Civil Veterinary Dept. North-West Frontier Province 1933-46 - 1933-1946
Year: 1933
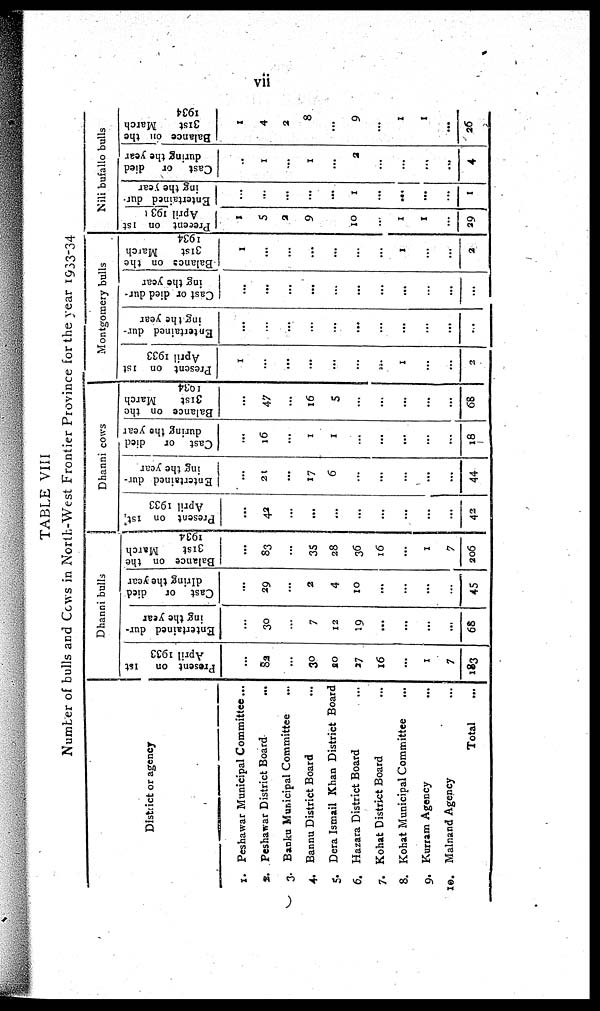
vii
TABLE VIII
Number of bulls and Cows in North-West Frontier Province for the year 1933-34
District or agency
1. Peshawar Municipal Committee ...
2. Peshawar District Board ...
3. Banku Municipal Committee ...
4. Bannu District Board ...
5. Dera Ismail Khan District Board
6. Hazara District Board ...
7. Kohat District Board ...
8. Kohat Municipal Committee ...
9. Kurram Agency ...
10. Malnand Agency ...
Total ...
Dhanni bulls
Present on 1st
April 1933
...
83
...
30
20
27
16
...
1
7
183
Entertained dur-
ing the year
...
30
...
7
12
19
...
...
...
...
68
Cast or
died
dlring the year
...
29
...
2
4
10
...
...
...
...
45
Balance on the
31st
March
1934
...
83
...
38
28
36
16
...
1
7
206
Dhanni cows
Present on 1st
April 1933
...
42
...
...
...
...
...
...
...
...
42
Entertained dur-
ing the year
...
21
...
17
6
...
...
...
...
...
44
Cast or
died
during the year
...
16
...
1
1
...
...
...
...
...
18
Balance on the
31st
March
1034
...
47
...
16
5
...
...
...
...
...
68
Montgomery bulls
Present on 1st
April 1933
1
...
...
...
...
...
...
1
...
...
2
Entertained dur
ing the year
...
...
...
...
...
...
...
...
...
...
...
Cast or died dur
ing the year
...
...
...
...
...
...
...
...
...
...
...
Balance
on the
31st
Match
1934
1
...
...
...
...
...
...
1
...
...
2
Nili bufallo bulls
Precent
on 1st
April 1931
1
5
2
9
...
10
...
1
1
...
39
Entertained dur
ing the year
...
...
...
...
...
1
...
...
...
...
I
Cast or
died
during the year
..
1
...
1
...
2
...
...
...
...
4
Balance on the
31st
March
1934
1
4
2
8
...
9
...
1
1
...
26